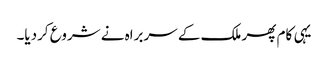
یہی کام پھر ملک کے سربراہ نے شروع کردیا۔